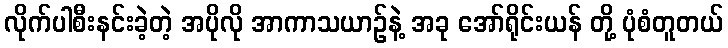
လိုက်ပါစီးနင်းခဲ့တဲ့ အပိုလို အာကာသယာဉ်နဲ့ အခု အော်ရိုင်းယန် တို့ ပုံစံတူတယ်